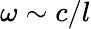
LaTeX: \omega\sim c/l